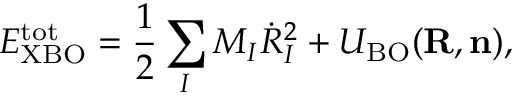
{ \displaystyle { \cal E } _ { \mathrm { X B O } } ^ { \mathrm { t o t } } = \frac { 1 } { 2 } \sum _ { I } M _ { I } { \dot { R } } _ { I } ^ { 2 } + { \cal U } _ { \mathrm { B O } } ( { \bf R } , { \bf n } ) } ,